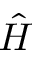
\hat { H }